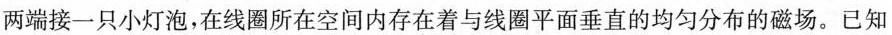
两端接一只小灯泡，在线圈所在空间内存在着与线圈平面垂直的均匀分布的磁场。已知